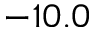
- 1 0 . 0